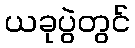
ယခုပွဲတွင်